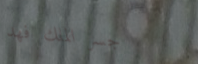
جسر الملك فهد